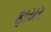
ફાયર